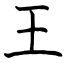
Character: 王